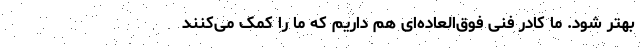
بهتر شود. ما کادر فنی فوق‌العاده‌ای هم داریم که ما را کمک می‌کنند